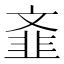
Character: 𲊦